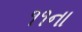
૧૧ના